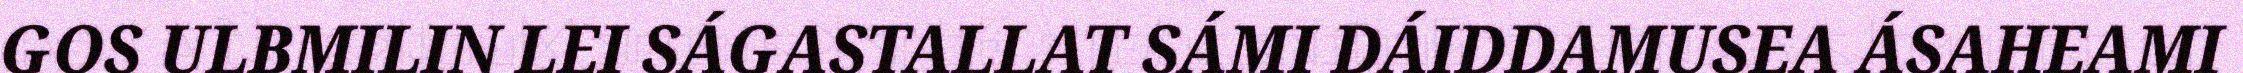
GOS ULBMILIN LEI SÁGASTALLAT SÁMI DÁIDDAMUSEA ÁSAHEAMI